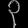
Digit: ၃